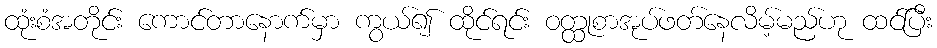
ထုံးစံအတိုင်း ကောင်တာနောက်မှာ ကွယ်၍ ထိုင်ရင်း ဝတ္ထုစာအုပ်ဖတ်နေလိမ့်မည်ဟု ထင်ပြီး